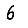
Digit: 6